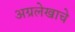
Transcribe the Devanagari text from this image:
अग्रलेखाचे